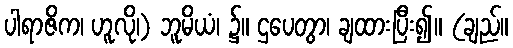
ပါရာဇိက၊ ဟူလို၊) ဘူမိယံ၊ ၌။ ဌပေတွာ၊ ချထားပြီး၍။ (ချည်။